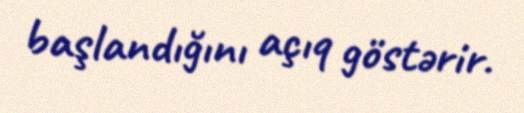
başlandığını açıq göstərir.